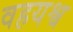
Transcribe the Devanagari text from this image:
वहयश्व